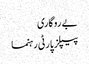
بے روگاری
پیپلز پارٹی رہنما